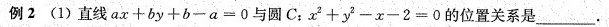
例2 (1)直线$ $ a x + b y + b - a = 0 $ $ 与圆C；$ $ x ^ { 2 } + y ^ { 2 } - x - 2 = 0 的位置关系是___.